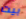
بيت